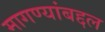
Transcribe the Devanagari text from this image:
मागण्यांबद्दल